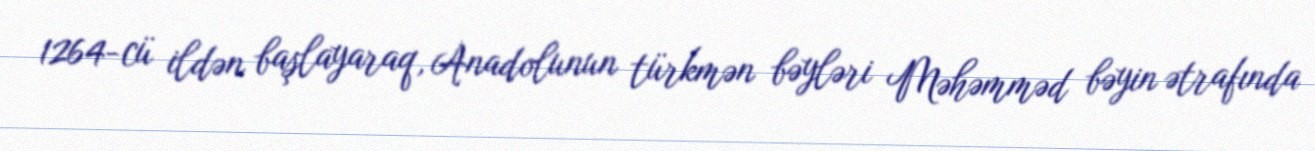
1264-cü ildən başlayaraq, Anadolunun türkmən bəyləri Məhəmməd bəyin ətrafında